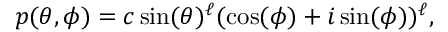
p ( \theta , \phi ) = c \, \mathrm { s i n } ( \theta ) ^ { \ell } ( \mathrm { c o s } ( \phi ) + i \, \mathrm { s i n } ( \phi ) ) ^ { \ell } ,